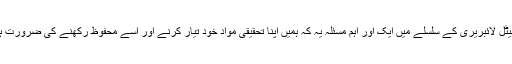
ڈیجیٹل لائبریری کے سلسلے میں ایک اور اہم مسئلہ یہ کہ ہمیں اپنا تحقیقی مواد خود تیار کرنے اور اسے محفوظ رکھنے کی ضرورت ہے۔